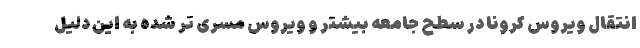
انتقال ویروس کرونا در سطح جامعه بیشتر و ویروس مسری تر شده به این دلیل